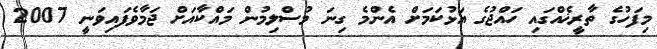
މިފަހުގެ ތާރީޚެއްގައި ހައްޖުގެ އަޅުކަމަށް އެންމެ ގިނަ މުސްލިމުން މައްކާއަށް ޖަމާވެފައިވަނީ 2007